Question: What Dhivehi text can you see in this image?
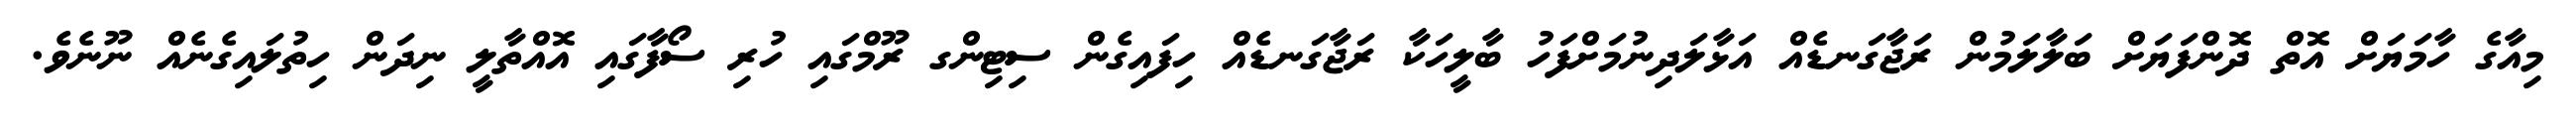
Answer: މިއާގެ ހާމަޔަށް އޮތް ދޮންފަޔަށް ބަލާލަމުން ރަޖާގަނޑެއް އަޅާލަދިނުމަށްފަހު ބާލީހަކާ ރަޖާގަނޑެއް ހިފައިގެން ސިޓިންގ ރޫމްގައި ހުރި ސޯފާގައި އޮއްތާލީ ނިދަން ހިތުލައިގެނެއް ނޫނެވެ.